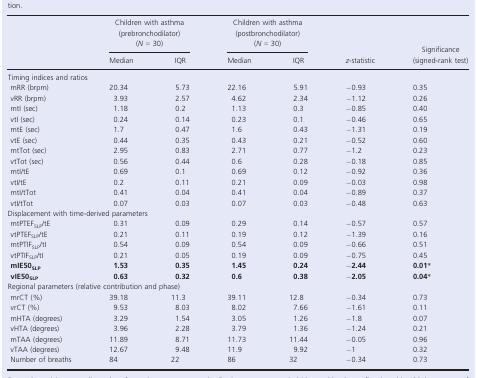
<table><thead><tr><td rowspan="2"></td><td colspan="2"><b>Children with asthma (prebronchodilator) (<i>N </i>=<i> </i>30)</b></td><td colspan="2"><b>Children with asthma (postbronchodilator) (<i>N </i>=<i> </i>30)</b></td><td rowspan="2"><b><i>z</i>‐statistic</b></td><td rowspan="2"><b>Significance (signed‐rank test)</b></td></tr><tr><td><b>Median</b></td><td><b>IQR</b></td><td><b>Median</b></td><td><b>IQR</b></td></tr></thead><tbody><tr><td colspan="7">Timing indices and ratios</td></tr><tr><td> mRR (brpm)</td><td>20.34</td><td>5.73</td><td>22.16</td><td>5.91</td><td>−0.93</td><td>0.35</td></tr><tr><td> vRR (brpm)</td><td>3.93</td><td>2.57</td><td>4.62</td><td>2.34</td><td>−1.12</td><td>0.26</td></tr><tr><td> mtI (sec)</td><td>1.18</td><td>0.2</td><td>1.13</td><td>0.3</td><td>−0.85</td><td>0.40</td></tr><tr><td> vtI (sec)</td><td>0.24</td><td>0.14</td><td>0.23</td><td>0.1</td><td>−0.46</td><td>0.65</td></tr><tr><td> mtE (sec)</td><td>1.7</td><td>0.47</td><td>1.6</td><td>0.43</td><td>−1.31</td><td>0.19</td></tr><tr><td> vtE (sec)</td><td>0.44</td><td>0.35</td><td>0.43</td><td>0.21</td><td>−0.52</td><td>0.60</td></tr><tr><td> mtTot (sec)</td><td>2.95</td><td>0.83</td><td>2.71</td><td>0.77</td><td>−1.2</td><td>0.23</td></tr><tr><td> vtTot (sec)</td><td>0.56</td><td>0.44</td><td>0.6</td><td>0.28</td><td>−0.18</td><td>0.85</td></tr><tr><td> mtI/tE</td><td>0.69</td><td>0.1</td><td>0.69</td><td>0.12</td><td>−0.92</td><td>0.36</td></tr><tr><td> vtI/tE</td><td>0.2</td><td>0.11</td><td>0.21</td><td>0.09</td><td>−0.03</td><td>0.98</td></tr><tr><td> mtI/tTot</td><td>0.41</td><td>0.04</td><td>0.41</td><td>0.04</td><td>−0.89</td><td>0.37</td></tr><tr><td> vtI/tTot</td><td>0.07</td><td>0.03</td><td>0.07</td><td>0.03</td><td>−0.48</td><td>0.63</td></tr><tr><td colspan="7">Displacement with time‐derived parameters</td></tr><tr><td> mtPTEF<sub>SLP</sub>/tE</td><td>0.31</td><td>0.09</td><td>0.29</td><td>0.14</td><td>−0.57</td><td>0.57</td></tr><tr><td> vtPTEF<sub>SLP</sub>/tE</td><td>0.21</td><td>0.11</td><td>0.19</td><td>0.12</td><td>−1.39</td><td>0.16</td></tr><tr><td> mtPTIF<sub>SLP</sub>/tI</td><td>0.54</td><td>0.09</td><td>0.54</td><td>0.09</td><td>−0.66</td><td>0.51</td></tr><tr><td> vtPTIF<sub>SLP</sub>/tI</td><td>0.21</td><td>0.05</td><td>0.19</td><td>0.09</td><td>−0.75</td><td>0.45</td></tr><tr><td> <b>mIE50</b><sub><b>SLP</b></sub></td><td><b>1.53</b></td><td><b>0.35</b></td><td><b>1.45</b></td><td><b>0.24</b></td><td>−<b>2.44</b></td><td><b>0.01</b>a</td></tr><tr><td> <b>vIE50</b><sub><b>SLP</b></sub></td><td><b>0.63</b></td><td><b>0.32</b></td><td><b>0.6</b></td><td><b>0.38</b></td><td>−<b>2.05</b></td><td><b>0.04</b>a</td></tr><tr><td colspan="7">Regional parameters (relative contribution and phase)</td></tr><tr><td> mrCT (%)</td><td>39.18</td><td>11.3</td><td>39.11</td><td>12.8</td><td>−0.34</td><td>0.73</td></tr><tr><td> vrCT (%)</td><td>9.53</td><td>8.03</td><td>8.02</td><td>7.66</td><td>−1.61</td><td>0.11</td></tr><tr><td> mHTA (degrees)</td><td>3.29</td><td>1.54</td><td>3.05</td><td>1.26</td><td>−1.8</td><td>0.07</td></tr><tr><td> vHTA (degrees)</td><td>3.96</td><td>2.28</td><td>3.79</td><td>1.36</td><td>−1.24</td><td>0.21</td></tr><tr><td> mTAA (degrees)</td><td>11.89</td><td>8.71</td><td>11.73</td><td>11.44</td><td>−0.05</td><td>0.96</td></tr><tr><td> vTAA (degrees)</td><td>12.67</td><td>9.48</td><td>11.9</td><td>9.92</td><td>−1</td><td>0.32</td></tr><tr><td> Number of breaths</td><td>84</td><td>22</td><td>86</td><td>32</td><td>−0.34</td><td>0.73</td></tr></tbody></table>